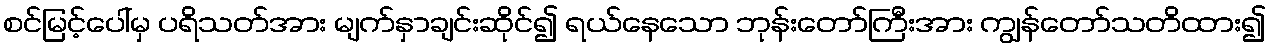
စင်မြင့်ပေါ်မှ ပရိသတ်အား မျက်နှာချင်းဆိုင်၍ ရယ်နေသော ဘုန်းတော်ကြီးအား ကျွန်တော်သတိထား၍